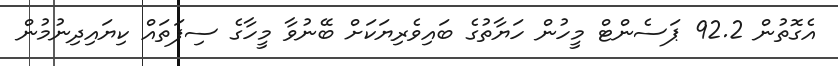
އެގޮތުން 92.2 ޕަސެންޓް މީހުން ހަޔާތުގެ ބައިވެރިޔަކަށް ބޭނުވާ މީހާގެ ސިފަތައް ކިޔައިދިނުމުން